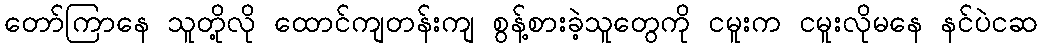
တော်ကြာနေ သူတို့လို ထောင်ကျတန်းကျ စွန့်စားခဲ့သူတွေကို ငမူးက ငမူးလိုမနေ နင်ပဲငဆ